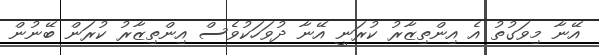
އޭނާ މިވަގުތު އެ އިންތިޒާރު ކުރަނީ އޭނާ ދުވަހަކުވެސް އިންތިޒާރު ކުރަން ބޭނުން